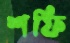
শফি